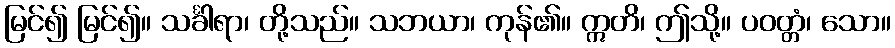
မြင်၍ မြင်၍။ သင်္ခါရာ၊ တို့သည်။ သဘယာ၊ ကုန်၏။ ဣတိ၊ ဤသို့။ ပဝတ္တံ၊ သော။